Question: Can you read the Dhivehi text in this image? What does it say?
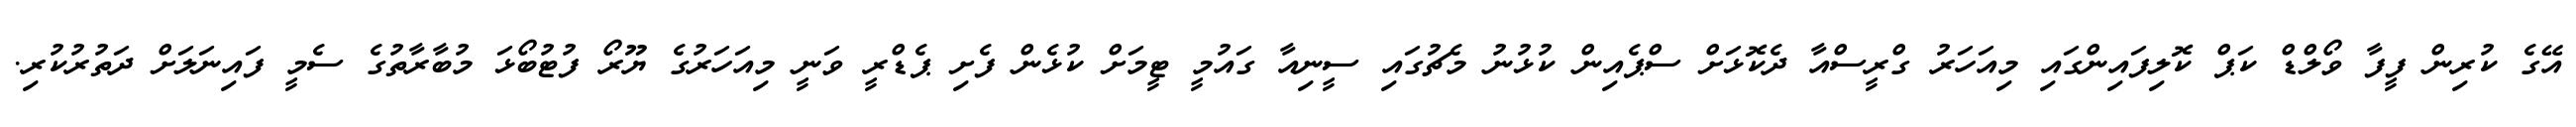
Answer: އޭގެ ކުރިން ފީފާ ވޯލްޑް ކަޕް ކޮލިފައިންގައި މިއަހަރު ގްރީސްއާ ދެކޮޅަށް ސްޕެއިން ކުޅުނު މެޗުގައި ސީނިއާ ގައުމީ ޓީމަށް ކުޅެން ފެށި ޕެޑްރީ ވަނީ މިއަހަރުގެ ޔޫރޯ ފުޓުބޯޅަ މުބާރާތުގެ ސެމީ ފައިނަލަށް ދަތުރުކުރި.